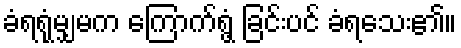
ခံရရုံမျှမက ကြောက်ရွံ့ ခြင်းပင် ခံရသေး၏။